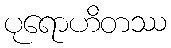
ပုရောဟိတဿ